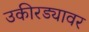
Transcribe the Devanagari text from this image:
उकीरड्यावर